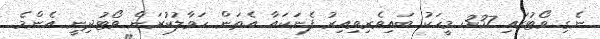
ނެގި ވޯޓުގައި 337 މީހަކު ބައިވެރިވިއިރު ފެނަކައާ އެތަން ހަވާލުކުރަން ވޯޓުދިނީ އެންމެ